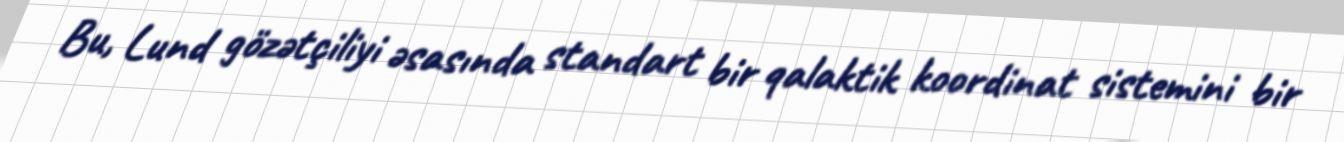
Bu, Lund gözətçiliyi əsasında standart bir qalaktik koordinat sistemini bir